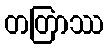
တတြာဿ